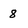
Character: 8